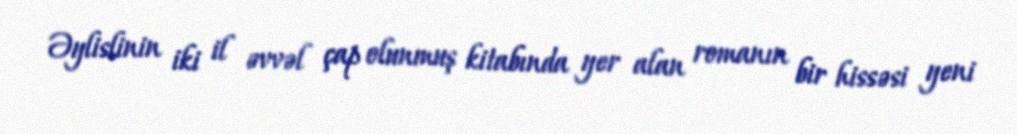
Əylislinin iki il əvvəl çap olunmuş kitabında yer alan romanın bir hissəsi yeni